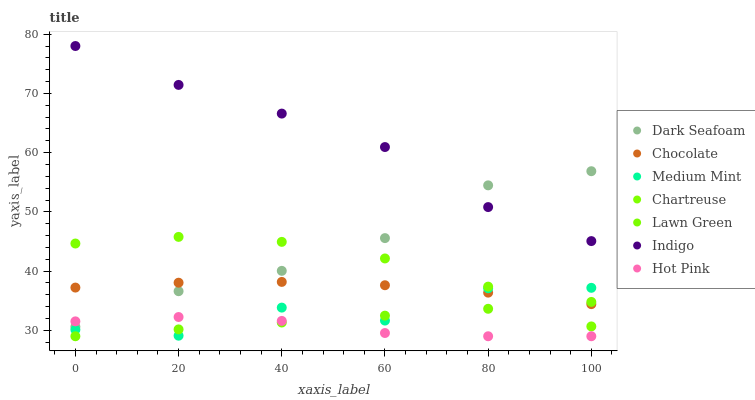
| xaxis_label | Dark Seafoam | Chocolate | Medium Mint | Chartreuse | Lawn Green | Indigo | Hot Pink |
 | --- | --- | --- | --- | --- | --- | --- | --- |
 | 0 | 30.6 | 37.2 | 30.1 | 44.7 | 29 | 78 | 31.5 |
 | 20 | 36.6 | 38 | 29.1 | 45.8 | 30.2 | 71.4 | 32.2 |
 | 40 | 40 | 38.2 | 33.8 | 44.9 | 31.3 | 66.6 | 31.6 |
 | 60 | 45.6 | 37.6 | 31.6 | 42.1 | 32.5 | 60.9 | 29.5 |
 | 80 | 54.5 | 36.4 | 37.1 | 37.4 | 33.6 | 50.8 | 29 |
 | 100 | 56.9 | 34.4 | 37.2 | 30.7 | 34.8 | 45.1 | 29 |